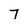
Character: 7